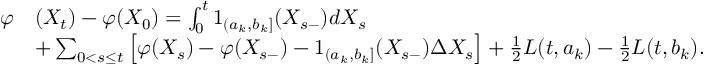
\begin{array} { r l } { \varphi } & { ( X _ { t } ) - \varphi ( X _ { 0 } ) = \int _ { 0 } ^ { t } 1 _ { ( a _ { k } , b _ { k } ] } ( X _ { s - } ) d X _ { s } } \\ & { + \sum _ { 0 < s \leq t } \left[ \varphi ( X _ { s } ) - \varphi ( X _ { s - } ) - 1 _ { ( a _ { k } , b _ { k } ] } ( X _ { s - } ) \Delta X _ { s } \right] + \frac { 1 } { 2 } L ( t , a _ { k } ) - \frac { 1 } { 2 } L ( t , b _ { k } ) . } \end{array}